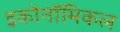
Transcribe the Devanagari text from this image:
इकोनॉमिकल